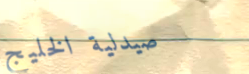
صيدلية الخليج